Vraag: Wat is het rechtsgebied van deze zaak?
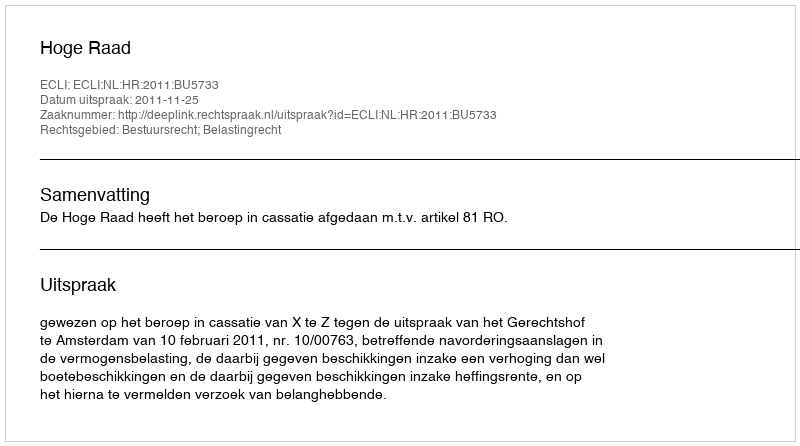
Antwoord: Bestuursrecht; Belastingrecht